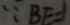
\because B E = 1